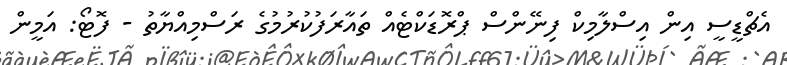
އެޗްޑީސީ އިން އިސްލާމިކް ފިނޭންސް ޕްރޮޑަކްޓެއް ތައާރަފުކުރުމުގެ ރަސްމިއްޔާތު - ފޮޓޯ: އަމީން